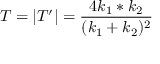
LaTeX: T = | T ^ { \prime } | = { \frac { 4 k _ { 1 } * k _ { 2 } } { ( k _ { 1 } + k _ { 2 } ) ^ { 2 } } }